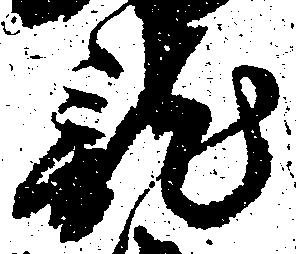
龍